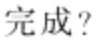
完成？